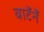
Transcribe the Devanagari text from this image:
बाटँनेँ